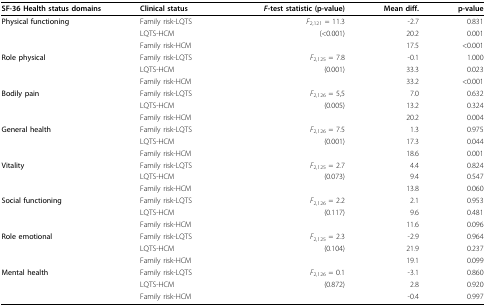
<table><thead><tr><td><b>SF-36 Health status domains</b></td><td><b>Clinical status</b></td><td><b><i>F</i>-test statistic (p-value)</b></td><td><b>Mean diff.</b></td><td><b>p-value</b></td></tr></thead><tbody><tr><td><b>Physical functioning</b></td><td>Family risk-LQTS</td><td><i>F</i><sub>2,121 </sub>= 11.3</td><td>-2.7</td><td>0.831</td></tr><tr><td>[EMPTY_CELL]</td><td>LQTS-HCM</td><td>(&lt;0.001)</td><td>20.2</td><td>0.001</td></tr><tr><td>[EMPTY_CELL]</td><td>Family risk-HCM</td><td>[EMPTY_CELL]</td><td>17.5</td><td>&lt;0.001</td></tr><tr><td><b>Role physical</b></td><td>Family risk-LQTS</td><td><i>F</i><sub>2,125 </sub>= 7.8</td><td>-0.1</td><td>1.000</td></tr><tr><td>[EMPTY_CELL]</td><td>LQTS-HCM</td><td>(0.001)</td><td>33.3</td><td>0.023</td></tr><tr><td>[EMPTY_CELL]</td><td>Family risk-HCM</td><td>[EMPTY_CELL]</td><td>33.2</td><td>&lt;0.001</td></tr><tr><td><b>Bodily pain</b></td><td>Family risk-LQTS</td><td><i>F</i><sub>2,126 </sub>= 5,5</td><td>7.0</td><td>0.632</td></tr><tr><td>[EMPTY_CELL]</td><td>LQTS-HCM</td><td>(0.005)</td><td>13.2</td><td>0.324</td></tr><tr><td>[EMPTY_CELL]</td><td>Family risk-HCM</td><td>[EMPTY_CELL]</td><td>20.2</td><td>0.004</td></tr><tr><td><b>General health</b></td><td>Family risk-LQTS</td><td><i>F</i><sub>2,126 </sub>= 7.5</td><td>1.3</td><td>0.975</td></tr><tr><td>[EMPTY_CELL]</td><td>LQTS-HCM</td><td>(0.001)</td><td>17.3</td><td>0.044</td></tr><tr><td>[EMPTY_CELL]</td><td>Family risk-HCM</td><td>[EMPTY_CELL]</td><td>18.6</td><td>0.001</td></tr><tr><td><b>Vitality</b></td><td>Family risk-LQTS</td><td><i>F</i><sub>2,125 </sub>= 2.7</td><td>4.4</td><td>0.824</td></tr><tr><td>[EMPTY_CELL]</td><td>LQTS-HCM</td><td>(0.073)</td><td>9.4</td><td>0.547</td></tr><tr><td>[EMPTY_CELL]</td><td>Family risk-HCM</td><td>[EMPTY_CELL]</td><td>13.8</td><td>0.060</td></tr><tr><td><b>Social functioning</b></td><td>Family risk-LQTS</td><td><i>F</i><sub>2,126 </sub>= 2.2</td><td>2.1</td><td>0.953</td></tr><tr><td>[EMPTY_CELL]</td><td>LQTS-HCM</td><td>(0.117)</td><td>9.6</td><td>0.481</td></tr><tr><td>[EMPTY_CELL]</td><td>Family risk-HCM</td><td>[EMPTY_CELL]</td><td>11.6</td><td>0.096</td></tr><tr><td><b>Role emotional</b></td><td>Family risk-LQTS</td><td><i>F</i><sub>2,125 </sub>= 2.3</td><td>-2.9</td><td>0.964</td></tr><tr><td>[EMPTY_CELL]</td><td>LQTS-HCM</td><td>(0.104)</td><td>21.9</td><td>0.237</td></tr><tr><td>[EMPTY_CELL]</td><td>Family risk-HCM</td><td>[EMPTY_CELL]</td><td>19.1</td><td>0.099</td></tr><tr><td><b>Mental health</b></td><td>Family risk-LQTS</td><td><i>F</i><sub>2,126 </sub>= 0.1</td><td>-3.1</td><td>0.860</td></tr><tr><td>[EMPTY_CELL]</td><td>LQTS-HCM</td><td>(0.872)</td><td>2.8</td><td>0.920</td></tr><tr><td>[EMPTY_CELL]</td><td>Family risk-HCM</td><td>[EMPTY_CELL]</td><td>-0.4</td><td>0.997</td></tr></tbody></table>